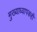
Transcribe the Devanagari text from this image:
मुख्याध्यापकही